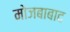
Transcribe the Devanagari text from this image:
मोजबाबाद